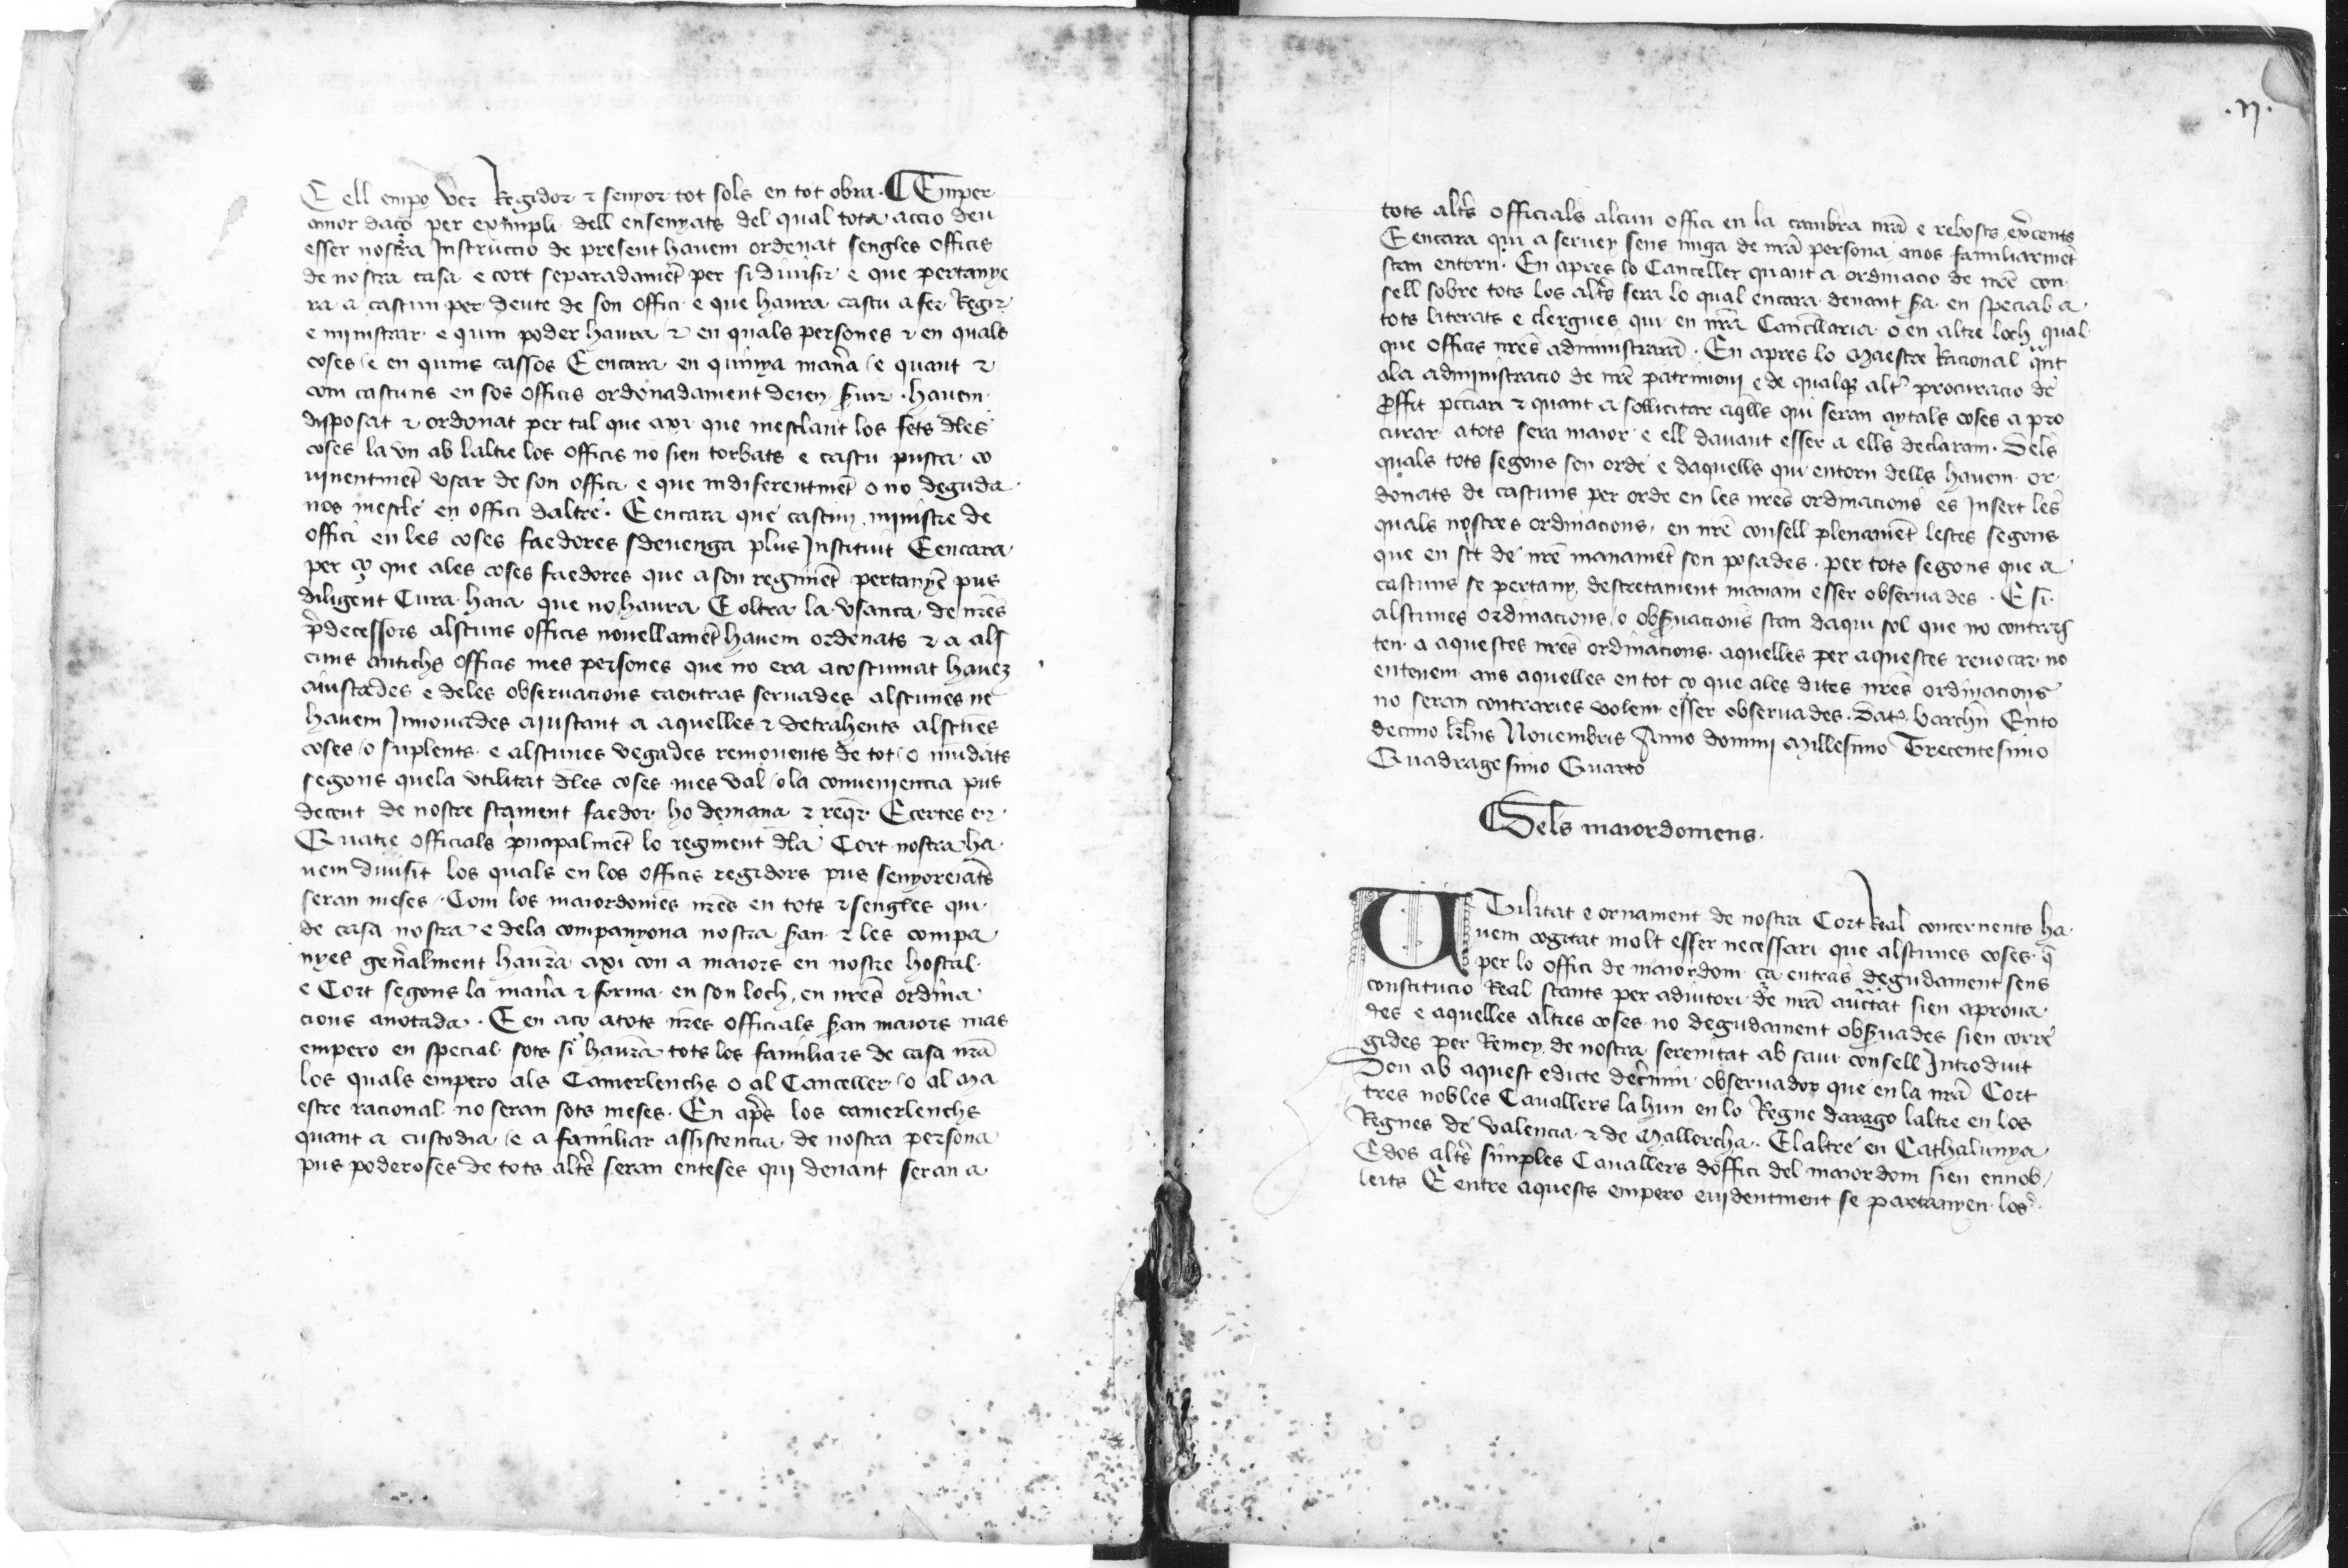
Shelfmark: Paris, BnF, esp. 98
Century: 15